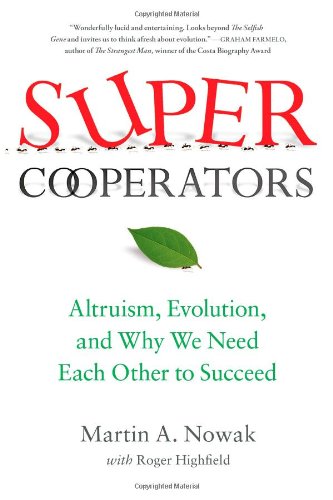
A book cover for SuperCooperators: Altruism, Evolution, and Why We Need Each Other to Succeed; Martin Nowak; Science & Math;